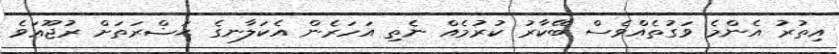
އިތުރު އެންމެ ވަގުތެއްވެސް ބޭކާރު ކުރުމެއް ނެތި އަހަރެން އެކަލާނގެ ޙަޟްރަތަށް ރުޖޫޢަވެ